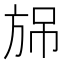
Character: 𣃫